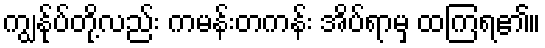
ကျွန်ုပ်တို့လည်း ကမန်းတကန်း အိပ်ရာမှ ထကြရ၏။